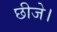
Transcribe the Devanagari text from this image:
छीजे।